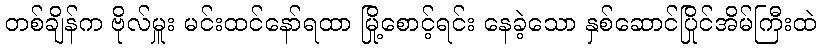
တစ်ချိန်က ဗိုလ်မှူး မင်းထင်နော်ရထာ မြို့စောင့်ရင်း နေခဲ့သော နှစ်ဆောင်ပြိုင်အိမ်ကြီးထဲ